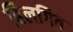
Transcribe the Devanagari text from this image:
बिलगित